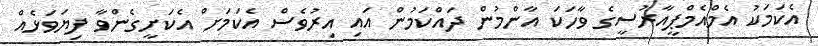
އެކަމަކު އެމްއެމްޕީއާރުސީގެ ވާހަކަ އާންމުން ދައްކަމުން އައި އިރުވެސް އެކަމަށް އެކަށީގެންވާ ފިޔަވަޅެއް